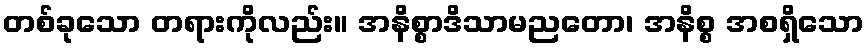
တစ်ခုသော တရားကိုလည်း။ အနိစ္စာဒိသာမညတော၊ အနိစ္စ အစရှိသော